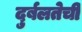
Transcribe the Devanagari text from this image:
दुर्बलतेची